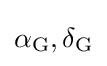
\alpha _{\text{G}},\delta _{\text{G}}